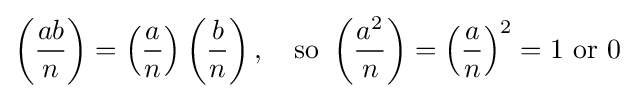
\left({\frac {ab}{n}}\right)=\left({\frac {a}{n}}\right)\left({\frac {b}{n}}\right),\quad {\text{so }}\left({\frac {a^{2}}{n}}\right)=\left({\frac {a}{n}}\right)^{2}=1{\text{ or }}0